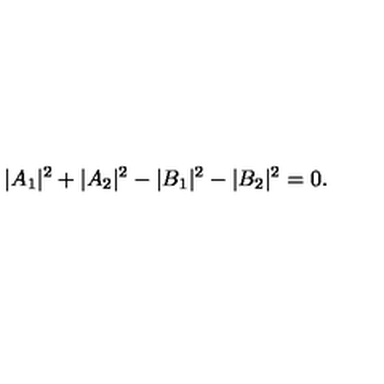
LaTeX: \quad | A _ { 1 } | ^ { 2 } + | A _ { 2 } | ^ { 2 } - | B _ { 1 } | ^ { 2 } - | B _ { 2 } | ^ { 2 } = 0 .